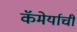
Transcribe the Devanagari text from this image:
कॅमेर्याची